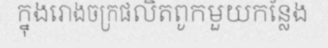
ក្នុងរោងចក្រផលិតពូកមួយកន្លែង